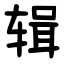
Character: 辑